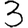
Digit: 3